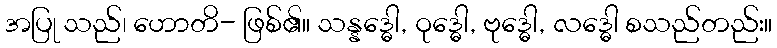
အပြု သည်၊ ဟောတိ- ဖြစ်၏။ သန္နဒ္ဓေါ, ဝုဒ္ဓေါ, ဗုဒ္ဓေါ, လဒ္ဓေါ စသည်တည်း။